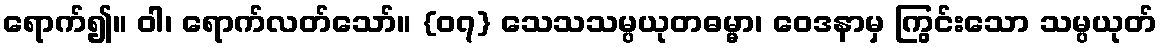
ရောက်၍။ ဝါ၊ ရောက်လတ်သော်။ {၀၇} သေသသမ္ပယုတဓမ္မာ၊ ဝေဒနာမှ ကြွင်းသော သမ္ပယုတ်